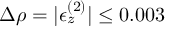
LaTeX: \Delta \rho = | \epsilon _ { z } ^ { ( 2 ) } | \leq 0 . 0 0 3